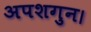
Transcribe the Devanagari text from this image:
अपशगुन।